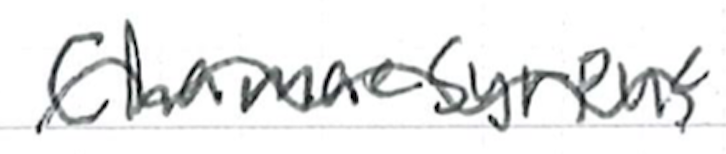
Text: Chamaesyrphus
Cross-out: wave
Writing tool: ballpoint